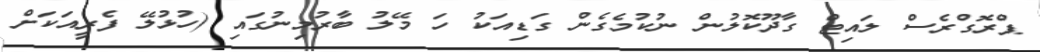
ޕްރޮގްރެސް ލައިޓް ގާދޫކޮލުން ނުކުމެގެން ގަޑިއަކު ހަ މޭލު ބާރުމިނުގައި (ހުޅުލޭ ފެރީއަކަށް